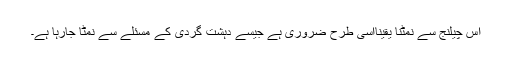
اس چیلنج سے نمٹنا یقیناًاسی طرح ضروری ہے جیسے دہشت گردی کے مسئلے سے نمٹا جارہا ہے۔